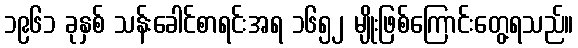
၁၉၆၁ ခုနှစ် သန်းခေါင်စာရင်းအရ ၁၆၅၂ မျိုးဖြစ်ကြောင်းတွေ့ရသည်။